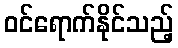
ဝင်ရောက်နိုင်သည့်